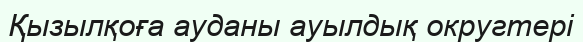
Қызылқоға ауданы ауылдық округтері